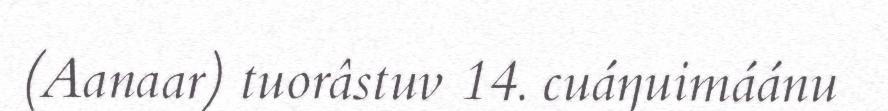
(Aanaar) tuorâstuv 14. cuáŋuimáánu